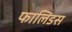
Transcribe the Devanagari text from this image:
फालिडस